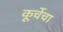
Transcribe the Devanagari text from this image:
कूर्चेचा